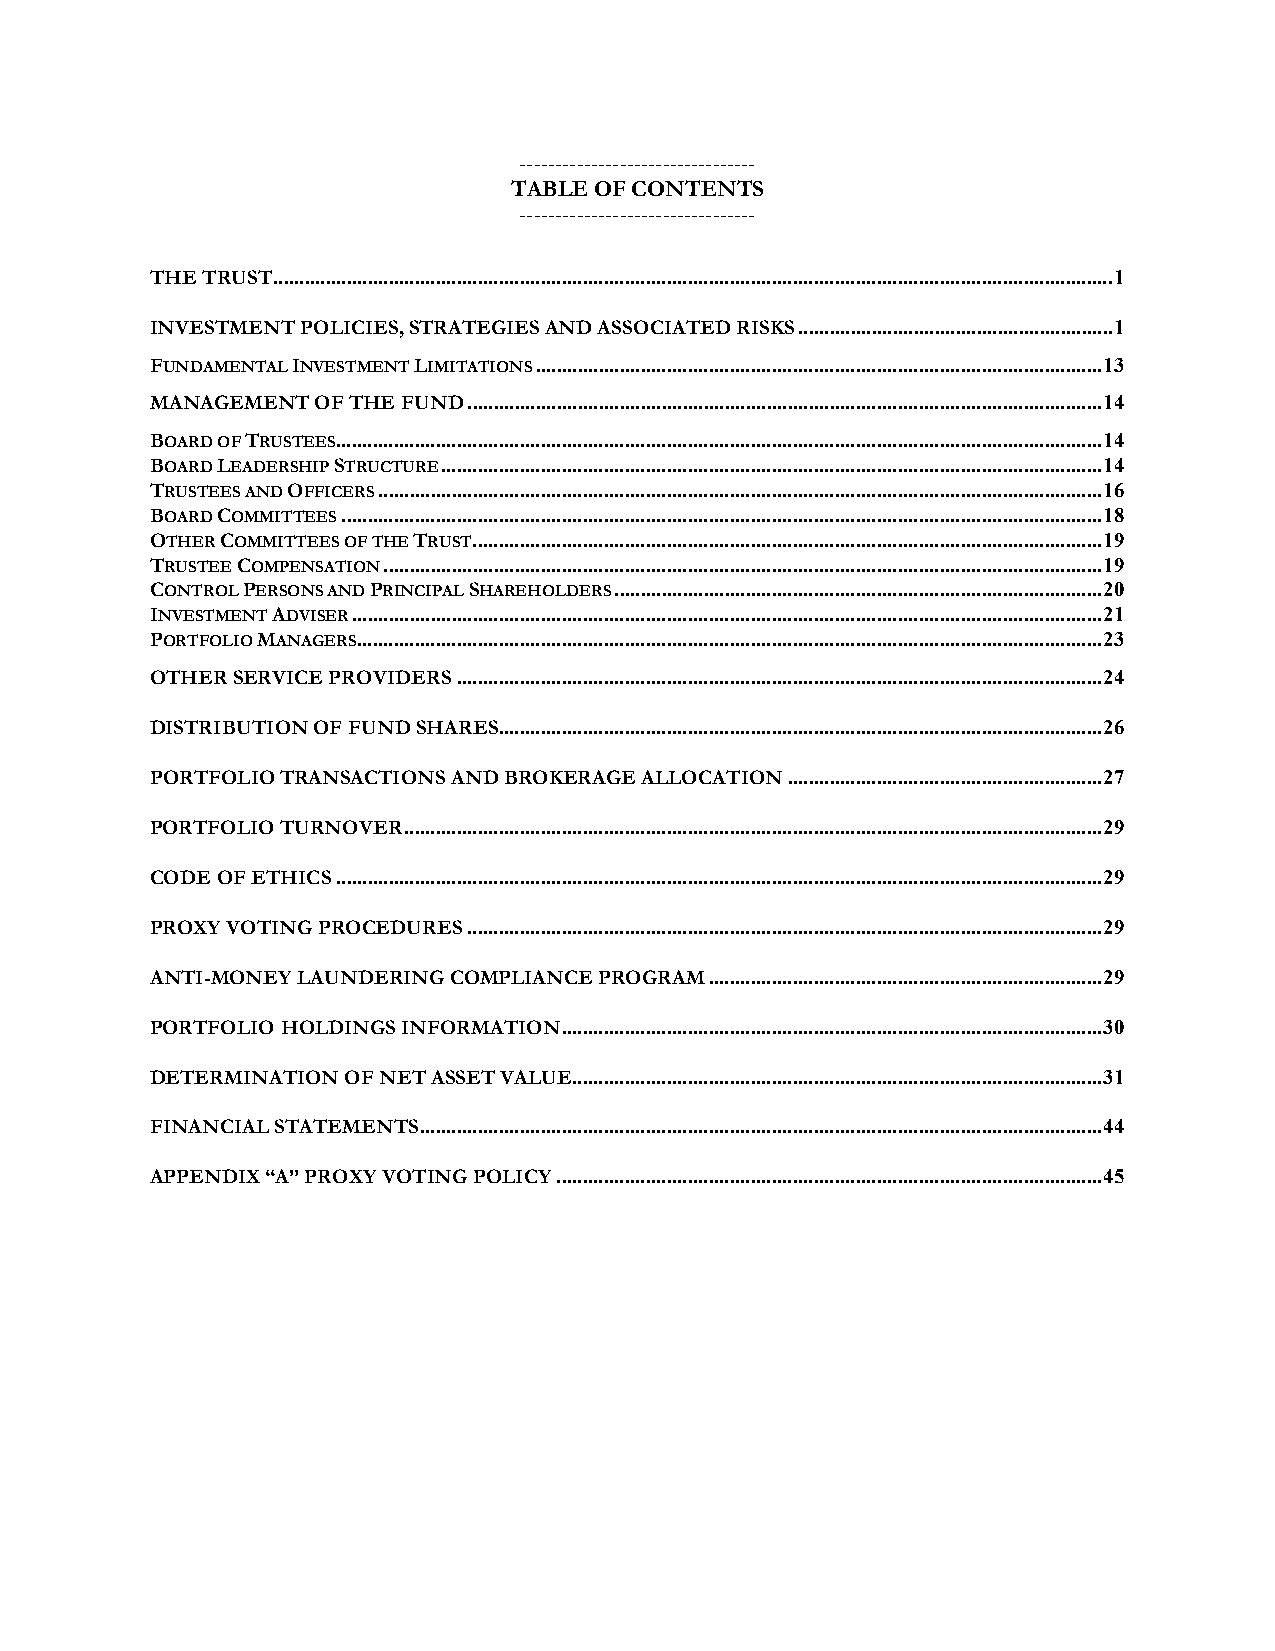
---------------------------------
 TABLE OF CONTENTS
 ---------------------------------
 THE TRUST ................................................................................................................................................................ 1
 INVESTMENT POLICIES, STRATEGIES AND ASSOCIATED RISKS ............................................................ 1
 FUNDAMENTAL INVESTMENT LIMITATIONS ............................................................................................................ 13
 MANAGEMENT OF THE FUND ......................................................................................................................... 14
 BOARD OF TRUSTEES .................................................................................................................................................. 14
 BOARD LEADERSHIP STRUCTURE .............................................................................................................................. 14
 TRUSTEES AND OFFICERS .......................................................................................................................................... 16
 BOARD COMMITTEES ................................................................................................................................................. 18
 OTHER COMMITTEES OF THE TRUST ........................................................................................................................ 19
 TRUSTEE COMPENSATION ......................................................................................................................................... 19
 CONTROL PERSONS AND PRINCIPAL SHAREHOLDERS ............................................................................................. 20
 INVESTMENT ADVISER ............................................................................................................................................... 21
 PORTFOLIO MANAGERS .............................................................................................................................................. 23
 OTHER SERVICE PROVIDERS ........................................................................................................................... 24
 DISTRIBUTION OF FUND SHARES ................................................................................................................... 26
 PORTFOLIO TRANSACTIONS AND BROKERAGE ALLOCATION ............................................................ 27
 PORTFOLIO TURNOVER ..................................................................................................................................... 29
 CODE OF ETHICS .................................................................................................................................................. 29
 PROXY VOTING PROCEDURES ......................................................................................................................... 29
 ANTI-MONEY LAUNDERING COMPLIANCE PROGRAM ........................................................................... 29
 PORTFOLIO HOLDINGS INFORMATION ....................................................................................................... 30
 DETERMINATION OF NET ASSET VALUE..................................................................................................... 31
 FINANCIAL STATEMENTS .................................................................................................................................. 44
 APPENDIX “A” PROXY VOTING POLICY ........................................................................................................ 45